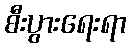
စီးပွားရေးရာ